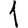
Digit: 1